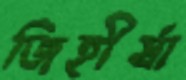
জিহীর্ষা